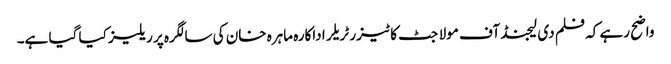
واضح رہے کہ فلم دی لیجنڈ آف مولا جٹ کا ٹیزر ٹریلر اداکارہ ماہرہ خان کی سالگرہ پر ریلیز کیا گیا ہے۔